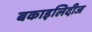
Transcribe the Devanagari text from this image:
बकाइलिदीज